Scottish Leaving Certificate Examination, 1958
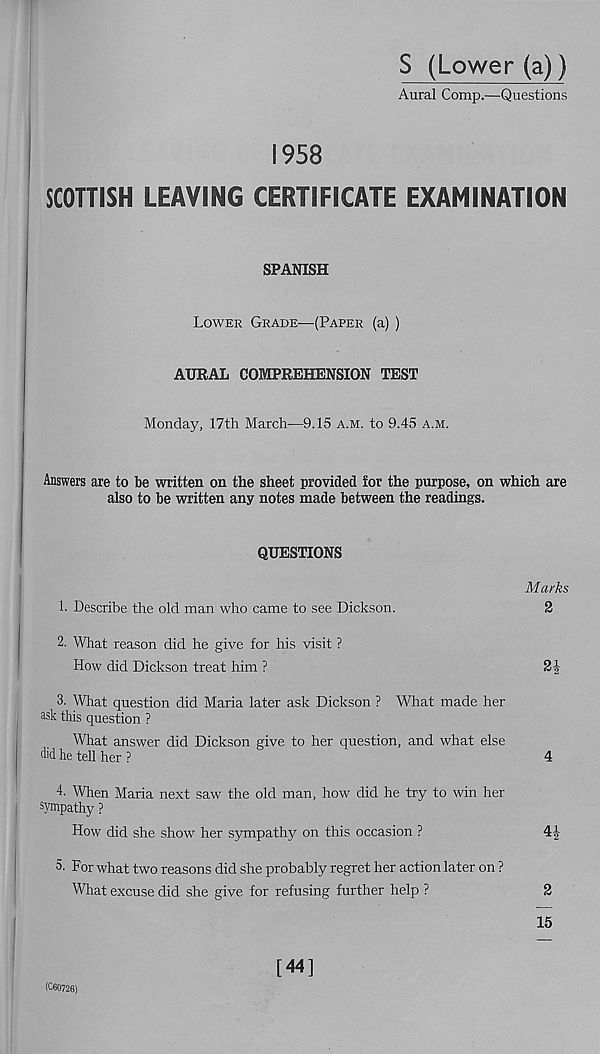
S (Lower (a))
Aural Comp.—Questions
1958
SCOTTISH LEAVING CERTIFICATE EXAMINATION
SPANISH
Lower Grade—(Paper (a) )
AURAL COMPREHENSION TEST
Monday, 17th March—9.15 a.m. to 9.45 a.m.
Answers are to be written on the sheet provided for the purpose, on which are
also to be written any notes made between the readings.
QUESTIONS
Marks
1. Describe the old man who came to see Dickson.
2
2. What reason did he give for his visit ?
How did Dickson treat him ?
2|
3. What question did Maria later ask Dickson ? What made her
ask this question ?
What answer did Dickson give to her question, and what else
did he tell her ?
4
4- When Maria next saw the old man, how did he try to win her
sympathy ?
How did she show her sympathy on this occasion ?
4|
5- For what two reasons did she probably regret her action later on ?
What excuse did she give for refusing further help ?
2
15
(C60726)
[44]